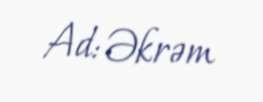
Ad: Əkrəm